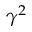
\gamma ^ { 2 }